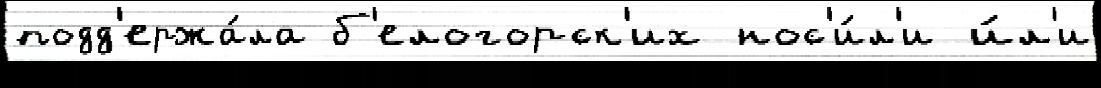
подд'ержа́ла б'елогорск'их нос'и́л'и и́л'и